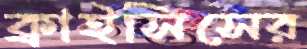
ক্রাইসিসের